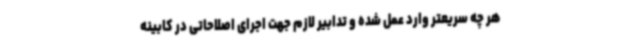
هر چه سریعتر وارد عمل شده و تدابیر لازم جهت اجرای اصلاحاتی در کابینه